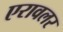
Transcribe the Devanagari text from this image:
एरावलर